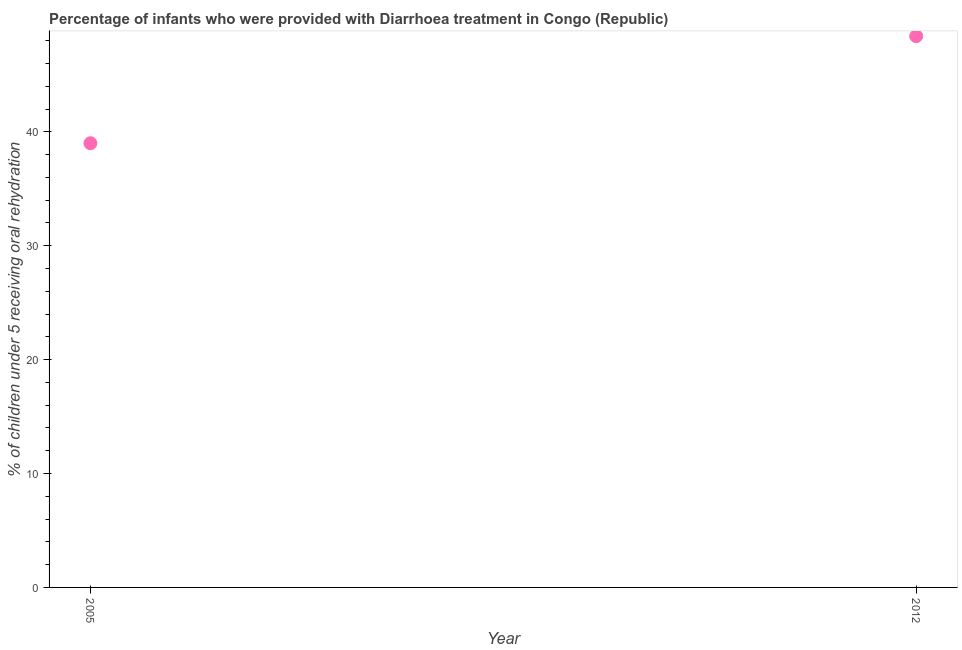
| Year | Diarrhea treatment |
 | --- | --- |
 | 2005 | 39 |
 | 2012 | 48.4 |